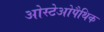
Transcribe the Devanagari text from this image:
ओस्टेओपैथिक